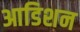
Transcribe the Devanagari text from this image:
आडिशन